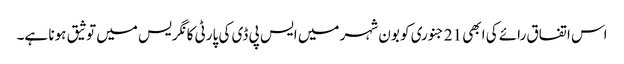
اس اتفاق رائے کی ابھی 21 جنوری کو بون شہر میں ایس پی ڈی کی پارٹی کانگریس میں توثیق ہونا ہے۔